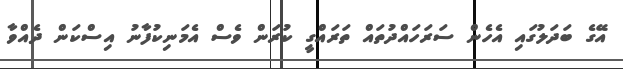
އޭގެ ބަދަލުގައި އެހެން ސަރަހައްދުތައް ތަރައްގީ ކުރަން ވެސް އެމަނިކުފާނު އިސްކަން ދެއްވާ